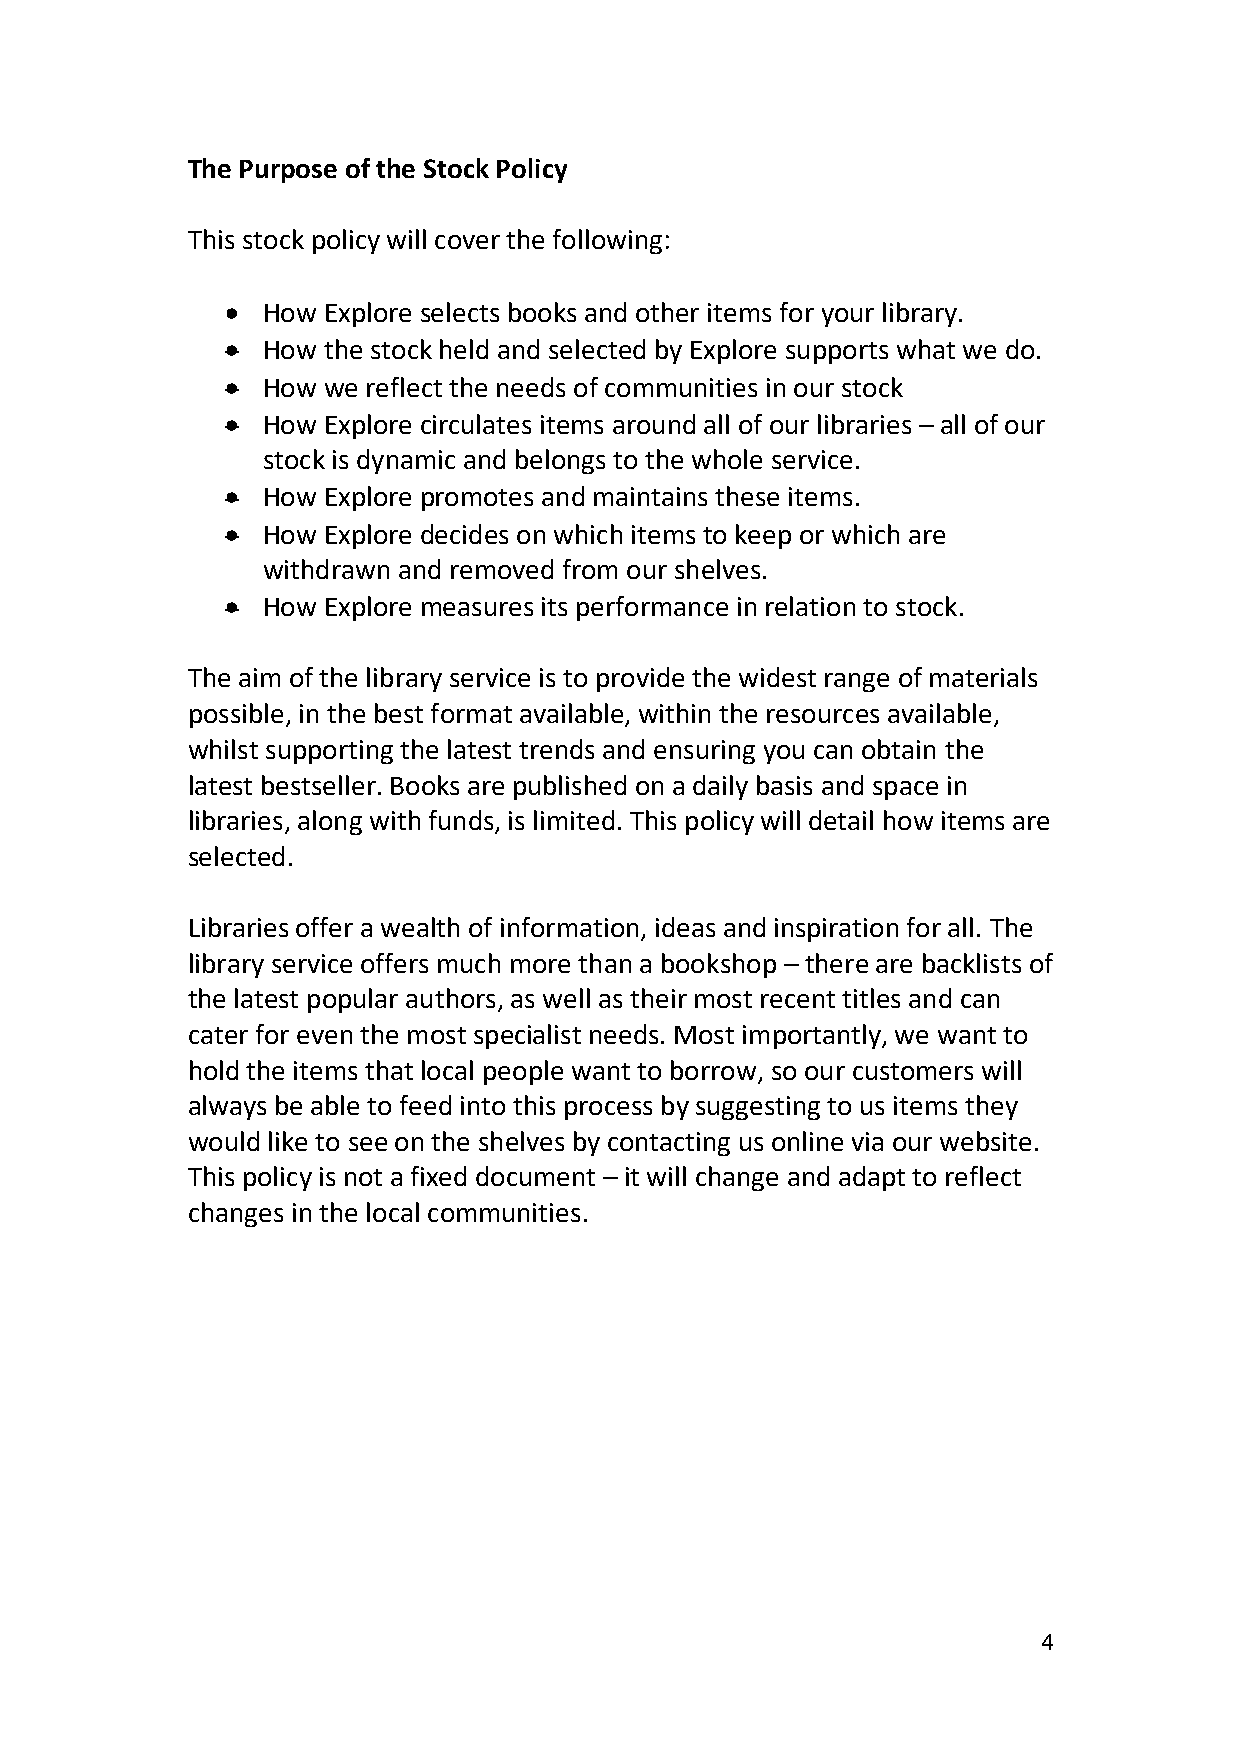
The Purpose of the Stock Policy
 This stock policy will cover the following:
  How Explore selects books and other items for your library.
  How the stock held and selected by Explore supports what we do.
  How we reflect the needs of communities in our stock
  How Explore circulates items around all of our libraries – all of our
 stock is dynamic and belongs to the whole service.
  How Explore promotes and maintains these items.
  How Explore decides on which items to keep or which are
 withdrawn and removed from our shelves.
  How Explore measures its performance in relation to stock.
 The aim of the library service is to provide the widest range of materials
 possible, in the best format available, within the resources available,
 whilst supporting the latest trends and ensuring you can obtain the
 latest bestseller. Books are published on a daily basis and space in
 libraries, along with funds, is limited. This policy will detail how items are
 selected.
 Libraries offer a wealth of information, ideas and inspiration for all. The
 library service offers much more than a bookshop – there are backlists of
 the latest popular authors, as well as their most recent titles and can
 cater for even the most specialist needs. Most importantly, we want to
 hold the items that local people want to borrow, so our customers will
 always be able to feed into this process by suggesting to us items they
 would like to see on the shelves by contacting us online via our website.
 This policy is not a fixed document – it will change and adapt to reflect
 changes in the local communities.
 4